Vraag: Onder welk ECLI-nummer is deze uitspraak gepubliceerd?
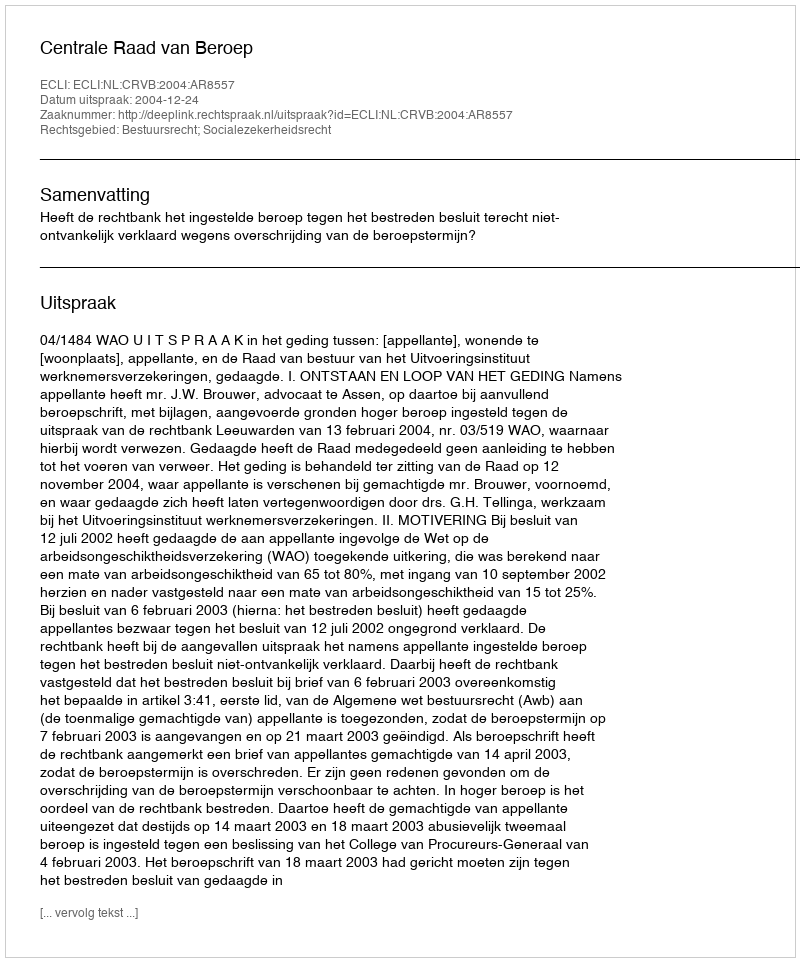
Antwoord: ECLI:NL:CRVB:2004:AR8557